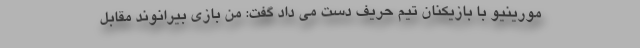
مورینیو با بازیکنان تیم حریف دست می داد گفت: من بازی بیرانوند مقابل